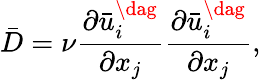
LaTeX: \bar{D}=\nu\frac{{\partial\bar{u}_{i}^{\dag}}}{{\partial{x_{j}}}}\frac{{\partial\bar{u}_{i}^{\dag}}}{{\partial{x_{j}}}},